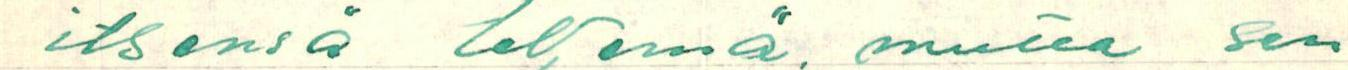
itsensä tekemä, mutta sen